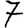
Digit: 7